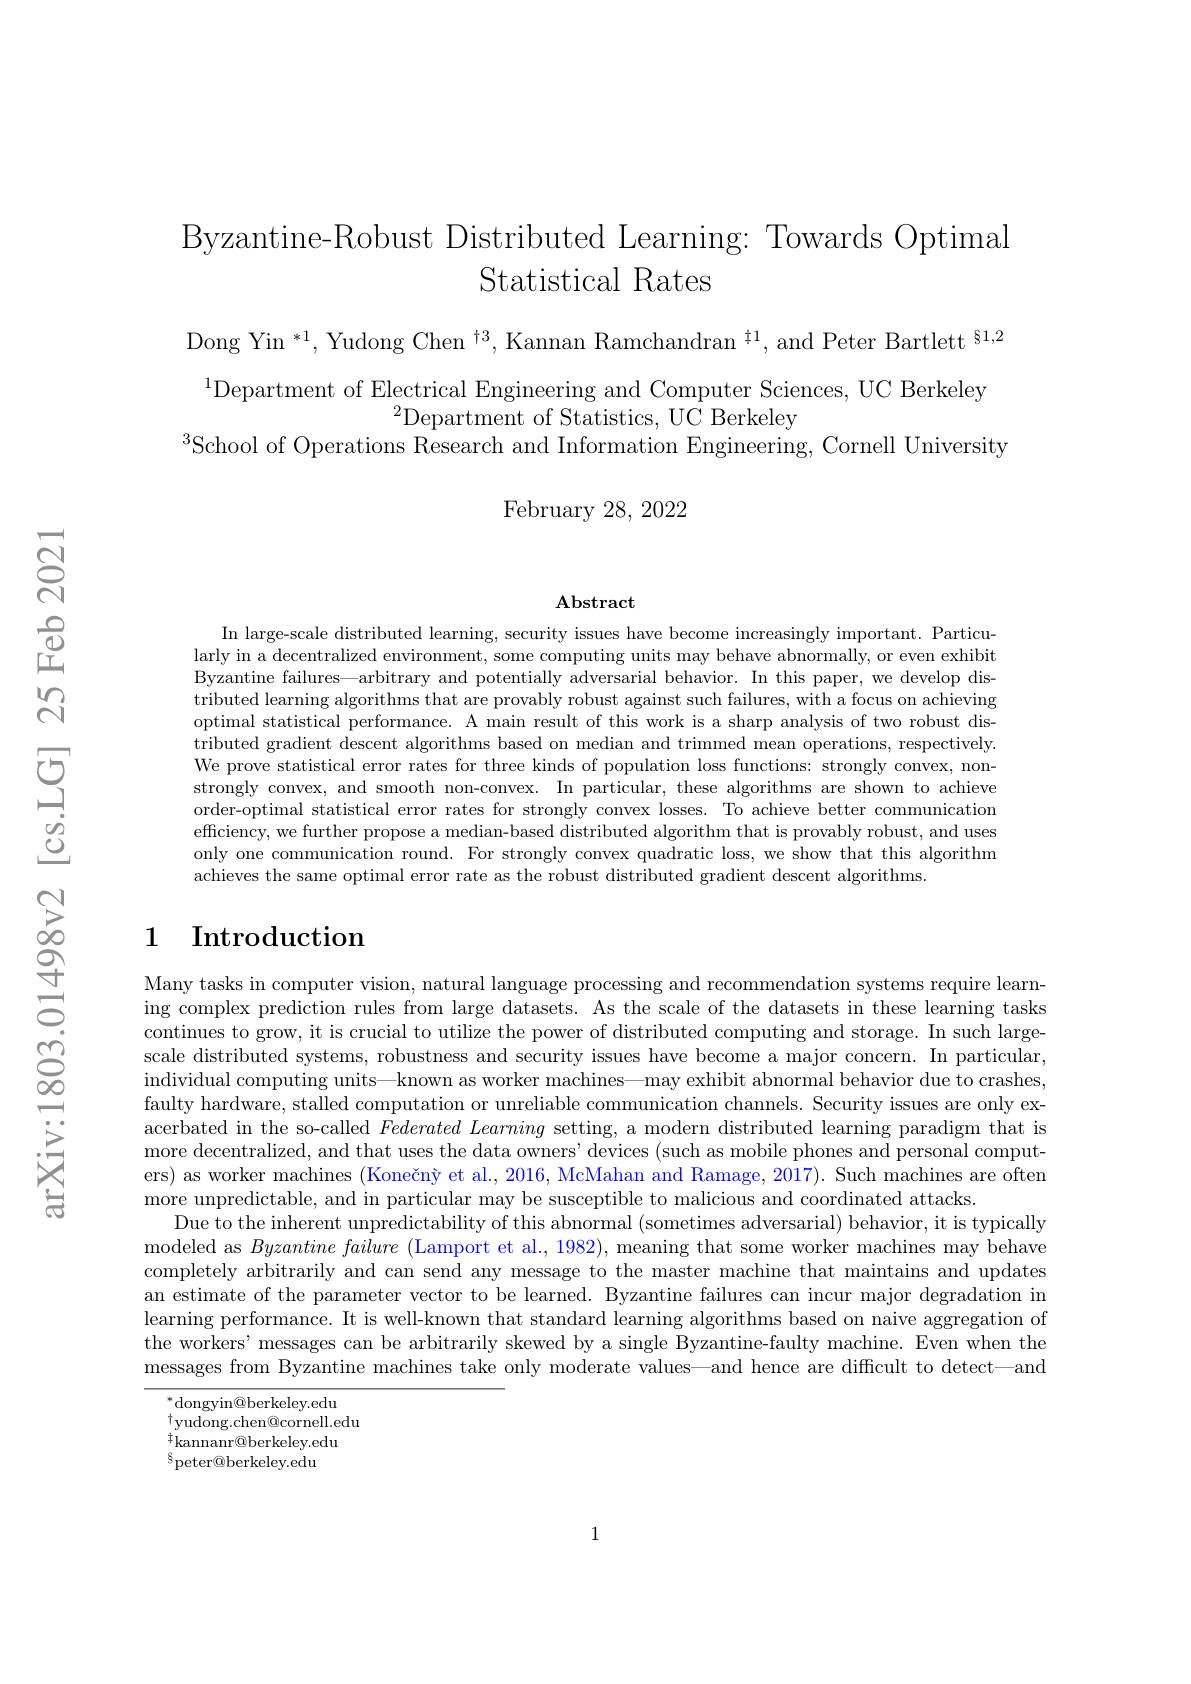
Byzantine-Robust Distributed Learning: Towards Optimal
Statistical Rates

Dong Yin $^*1,\text{Yudong Chen }^{\dagger3},\text{Kannan Ramchandran}^{\dagger1}$,and Peter Bartlett$^{\S1,2}$
$^{1}$Department of Electrical Engineering and Computer Sciences, UC Berkeley
$^{2}$Department of Statistics, UC Berkeley
$^{3}$School of Operations Research and Information Engineering, Cornell University
February 28,2022

Abstract

In large-scale distributed learning, security issues have become increasingly important. Particularly in a decentralized environment, some computing units may behave abnormally, or even exhibit Byzantine failures—arbitrary and potentially adversarial behavior. In this paper, we develop distributed learning algorithms that are provably robust against such failures, with a focus on achieving optimal statistical performance. A main result of this work is a sharp analysis of two robust distributed gradient descent algorithms based on median and trimmed mean operations, respectively. We prove statistical error rates for three kinds of population loss functions: strongly convex, nonstrongly convex, and smooth non-convex. In particular, these algorithms are shown to achieve order-optimal statistical error rates for strongly convex losses. To achieve better communication efficiency, we further propose a median-based distributed algorithm that is provably robust, and uses only one communication round. For strongly convex quadratic loss, we show that this algorithm achieves the same optimal error rate as the robust distributed gradient descent algorithms.

## 1 Introduction

Many tasks in computer vision, natural language processing and recommendation systems require learning complex prediction rules from large datasets. As the scale of the datasets in these learning tasks continues to grow, it is crucial to utilize the power of distributed computing and storage. In such largescale distributed systems, robustness and security issues have become a major concern. In particular, individual computing units—known as worker machines—may exhibit abnormal behavior due to crashes, faulty hardware, stalled computation or unreliable communication channels. Security issues are only exacerbated in the so-called $Federated\textit{ Learming setting, a modern distributed learning paradigm that is}$ more decentralized, and that uses the data owners' devices (such as mobile phones and personal computers) as worker machines (Konečný et al., 2016, McMahan and Ramage, $20\dot{17}).$ Such machines are often more unpredictable, and in particular may be susceptible to malicious and coordinated attacks.
Due to the inherent unpredictability of this abnormal (sometimes adversarial) behavior, it is typically modeled as $Byzantine\textit{ failure ( Lamport et al. , 1982) , meaning that some worker machines may behave}$ completely arbitrarily and can send any message to the master machine that maintains and updates an estimate of the parameter vector to be learned. Byzantine failures can incur major degradation in learning performance. It is well-known that standard learning algorithms based on naive aggregation of the workers’messages can be arbitrarily skewed by a single Byzantine-faulty machine. Even when the $\bar{\text{messages from Byzantine machines take only moderate values—and hence are difficult to detect—and}}$
$^*$dongyin@berkeley.edu

$^{\dagger}$yudong.chen@cornell.edu
${}^{\dagger}$kannanr@berkeley.edu
$^{8}$peter@berkeley.edu